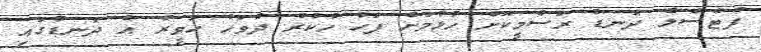
ފުޓްސެލް ދަނޑު ރަސްމީކޮށް ހުޅުމަށް ފަހު ހުކުރު ދުވަހު ހަވީރު އެ ދަނޑުގައި